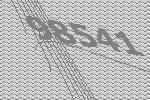
98541